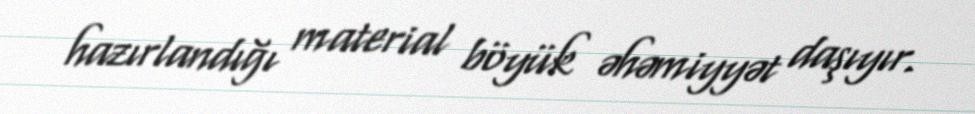
hazırlandığı material böyük əhəmiyyət daşıyır.